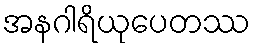
အနဂါရိယုပေတဿ